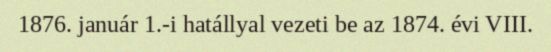
1876. január 1.-i hatállyal vezeti be az 1874. évi VIII.